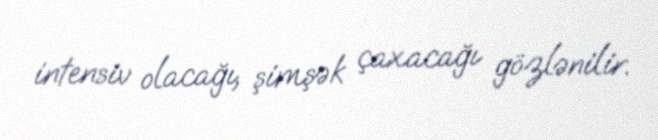
intensiv olacağı, şimşək çaxacağı gözlənilir.